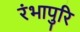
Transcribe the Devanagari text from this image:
रंभापुरि